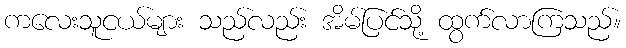
ကလေးသူငယ်များ သည်လည်း အိမ်ပြင်သို့ ထွက်လာကြသည်။